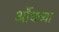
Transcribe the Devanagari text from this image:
औंधच्या